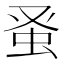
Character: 𫊫